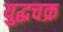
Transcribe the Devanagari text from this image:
युद्धचक्र